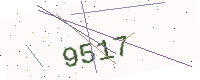
Text: 9517